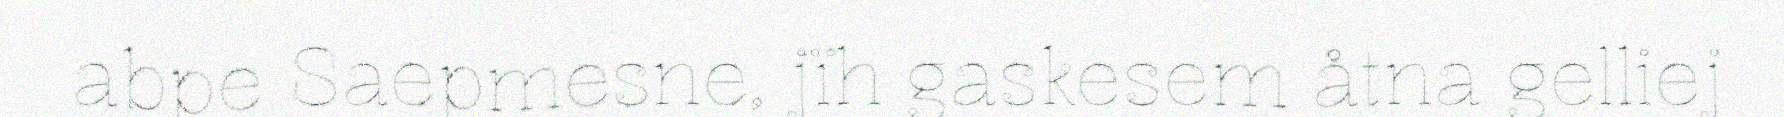
abpe Saepmesne, jïh gaskesem åtna gelliej